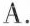
A.